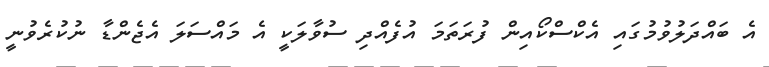
އެ ބައްދަލުވުމުގައި އެކްސްކޯއިން ފުރަތަމަ އުފެއްދި ސުވާލަކީ އެ މައްސަލަ އެޖެންޑާ ނުކުރެވުނީ